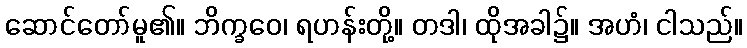
ဆောင်တော်မူ၏။ ဘိက္ခဝေ၊ ရဟန်းတို့။ တဒါ၊ ထိုအခါ၌။ အဟံ၊ ငါသည်။